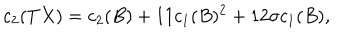
c _ { 2 } ( T X ) = c _ { 2 } ( B ) + 1 1 c _ { 1 } ( B ) ^ { 2 } + 1 2 \sigma c _ { 1 } ( B ) ,